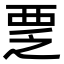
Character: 覂